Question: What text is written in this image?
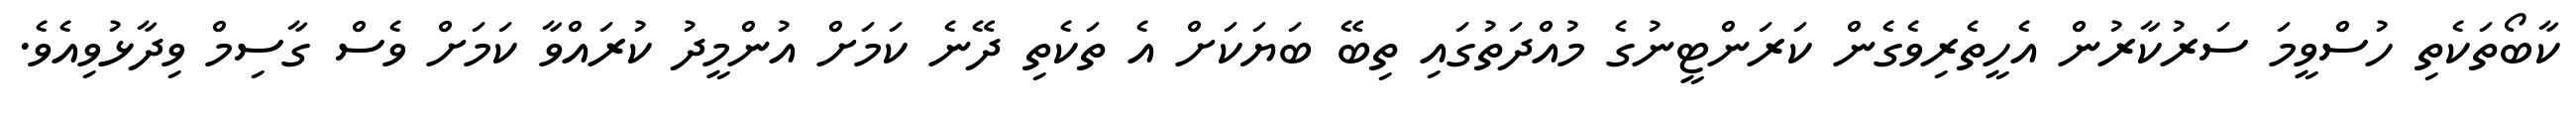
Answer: ކާބޯތަކެތި ހުސްވީމަ ސަރުކާރުން އެހީތެރިވެގެން ކަރަންޓީނުގެ މުއްދަތުގައި ތިބޭ ބަޔަކަށް އެ ތަކެތި ދޭނެ ކަމަށް އުންމީދު ކުރައްވާ ކަމަށް ވެސް ގާސިމް ވިދާޅުވިއެވެ.